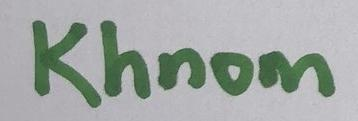
Khnom